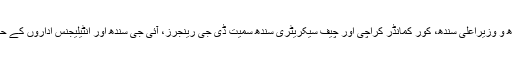
اجلاس میں گورنر سندھ و وزیراعلیٰ سندھ، کور کمانڈر کراچی اور چیف سیکریٹری سندھ سمیت ڈی جی رینجرز، آئی جی سندھ اور انٹیلیجنس اداروں کے حکام بھی شریک ہوئے۔